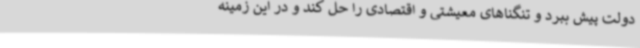
دولت پیش ببرد و تنگناهای معیشتی و اقتصادی را حل کند و در این زمینه